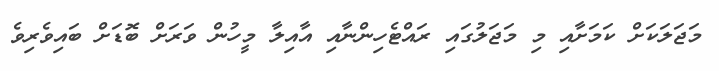
މަޖަލަކަށް ކަމަށާއި މި މަޖަލުގައި ރައްޓެހިންނާއި އާއިލާ މީހުން ވަރަށް ބޮޑަށް ބައިވެރިވެ